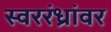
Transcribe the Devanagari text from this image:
स्वररंध्रांवर